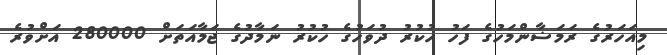
މިއަހަރުގެ ރަމަޟާންމަހުގެ ފަހު ހުކުރު ދުވަހުގެ ހުކުރު ނަމާދުގެ ޖަމާއަތަށް 280000 އަށްވުރެ